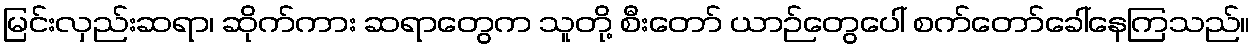
မြင်းလှည်းဆရာ၊ ဆိုက်ကား ဆရာတွေက သူတို့ စီးတော် ယာဉ်တွေပေါ် စက်တော်ခေါ်နေကြသည်။